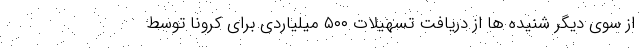
از سوی دیگر شنیده ها از دریافت تسهیلات ۵۰۰ میلیاردی برای کرونا توسط